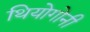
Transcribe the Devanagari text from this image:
थियोगोनी